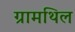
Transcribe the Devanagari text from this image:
ग्रामथिल